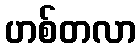
ဟစ်တလာ